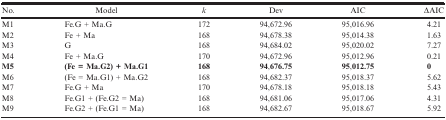
<table><thead><tr><td><b>No.</b></td><td><b>Model</b></td><td><b><i>k</i></b></td><td><b>Dev</b></td><td><b>AIC</b></td><td><b>ΔAIC</b></td></tr></thead><tbody><tr><td>M1</td><td>Fe.G + Ma.G</td><td>172</td><td>94,672.96</td><td>95,016.96</td><td>4.21</td></tr><tr><td>M2</td><td>Fe + Ma</td><td>168</td><td>94,678.38</td><td>95,014.38</td><td>1.63</td></tr><tr><td>M3</td><td>G</td><td>168</td><td>94,684.02</td><td>95,020.02</td><td>7.27</td></tr><tr><td>M4</td><td>Fe + Ma.G</td><td>170</td><td>94,672.96</td><td>95,012.96</td><td>0.21</td></tr><tr><td><b>M5</b></td><td><b>(Fe = Ma.G2) + Ma.G1</b></td><td><b>168</b></td><td><b>94</b>,<b>676.75</b></td><td><b>95</b>,<b>012.75</b></td><td><b>0</b></td></tr><tr><td>M6</td><td>(Fe = Ma.G1) + Ma.G2</td><td>168</td><td>94,682.37</td><td>95,018.37</td><td>5.62</td></tr><tr><td>M7</td><td>Fe.G + Ma</td><td>170</td><td>94,678.18</td><td>95,018.18</td><td>5.43</td></tr><tr><td>M8</td><td>Fe.G1 + (Fe.G2 = Ma)</td><td>168</td><td>94,681.06</td><td>95,017.06</td><td>4.31</td></tr><tr><td>M9</td><td>Fe.G2 + (Fe.G1 = Ma)</td><td>168</td><td>94,682.67</td><td>95,018.67</td><td>5.92</td></tr></tbody></table>